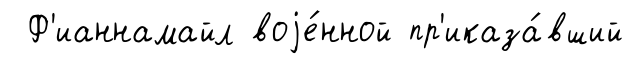
Ф'ианнамайл воjе́нной пр'иказа́вший